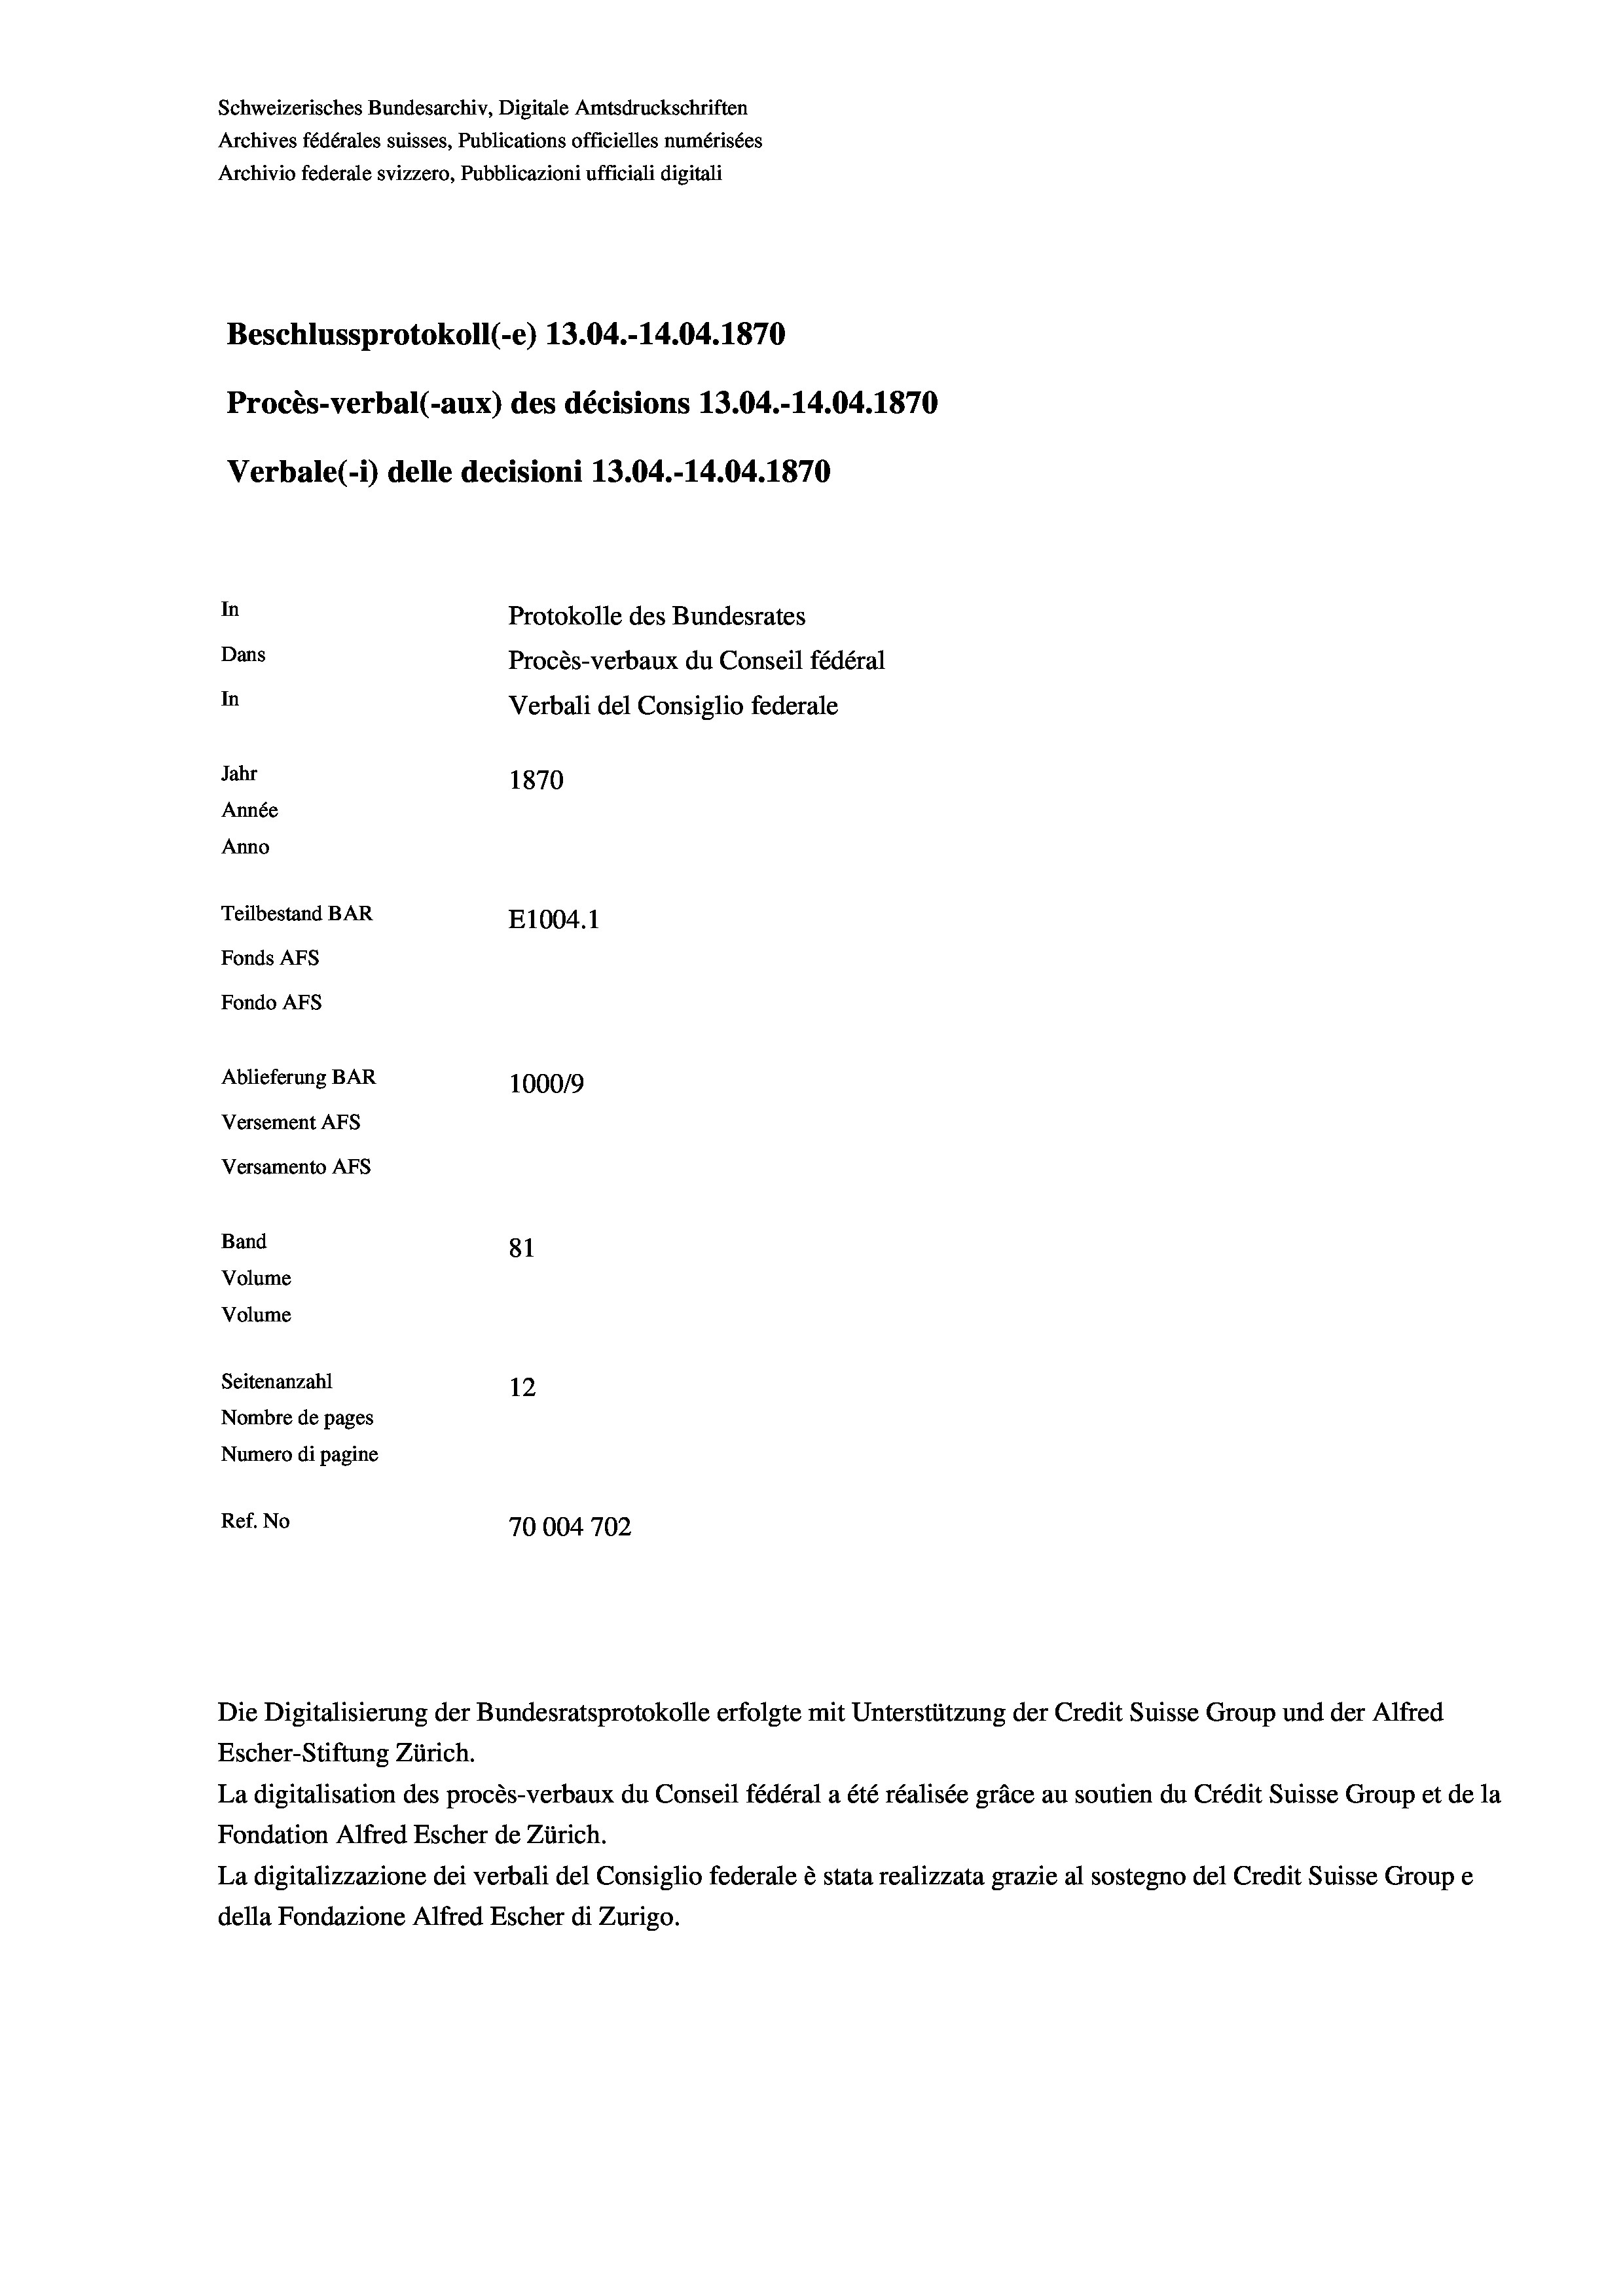
Schweizerisches Bundesarchiv, Digitale Amtsdruckschriften
Archives fédérales suisses, Publications officielles numérisées
Archivio federale svizzero, Pubblicazioni ufficiali digitali
Beschlussprotokoll (-e) 13.04.-14.04. 1870
Procès-verbal (-aux) des décisions 13.04.-14.04. 1870
Verbale(-*) delle decisioni 13.04.-14.04. 1870
In
Protokolle des Bundesrates
Dans
Procès-verbaux du Conseil fédéral
In
Verbali del Consiglio federale
Jahr
1870
Année
Anno
Teilbestand BAR
E1004.1
Fonds AFs
Fondo Afs
Ablieferung BAR
1000/9
Versement AFs
Versamento Afs
Band
81
Volume
Volume
Seitenanzahl
12
Nombre de pages
Numero di pagine
Ref. No
70004702

Escher-Stiftung Zürich.
La digitalisation des procès-verbaux du Conseil fédéral a été réalisée gräce au soutien du Crédit Suisse Group et de la
Fondation Alfred Escher de Zürich.
La digitalizzazione dei verbali del Consiglio federale è stata realizzata grazie al sostegno del Credit Suisse Groupe
della Fondazione Alfred Escher di Zurigo.

Die Digitalisierung der Bundesratsprotokolle erfolgte mit Unterstützung der Credit Suisse Group und der Alfred